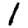
Digit: 1